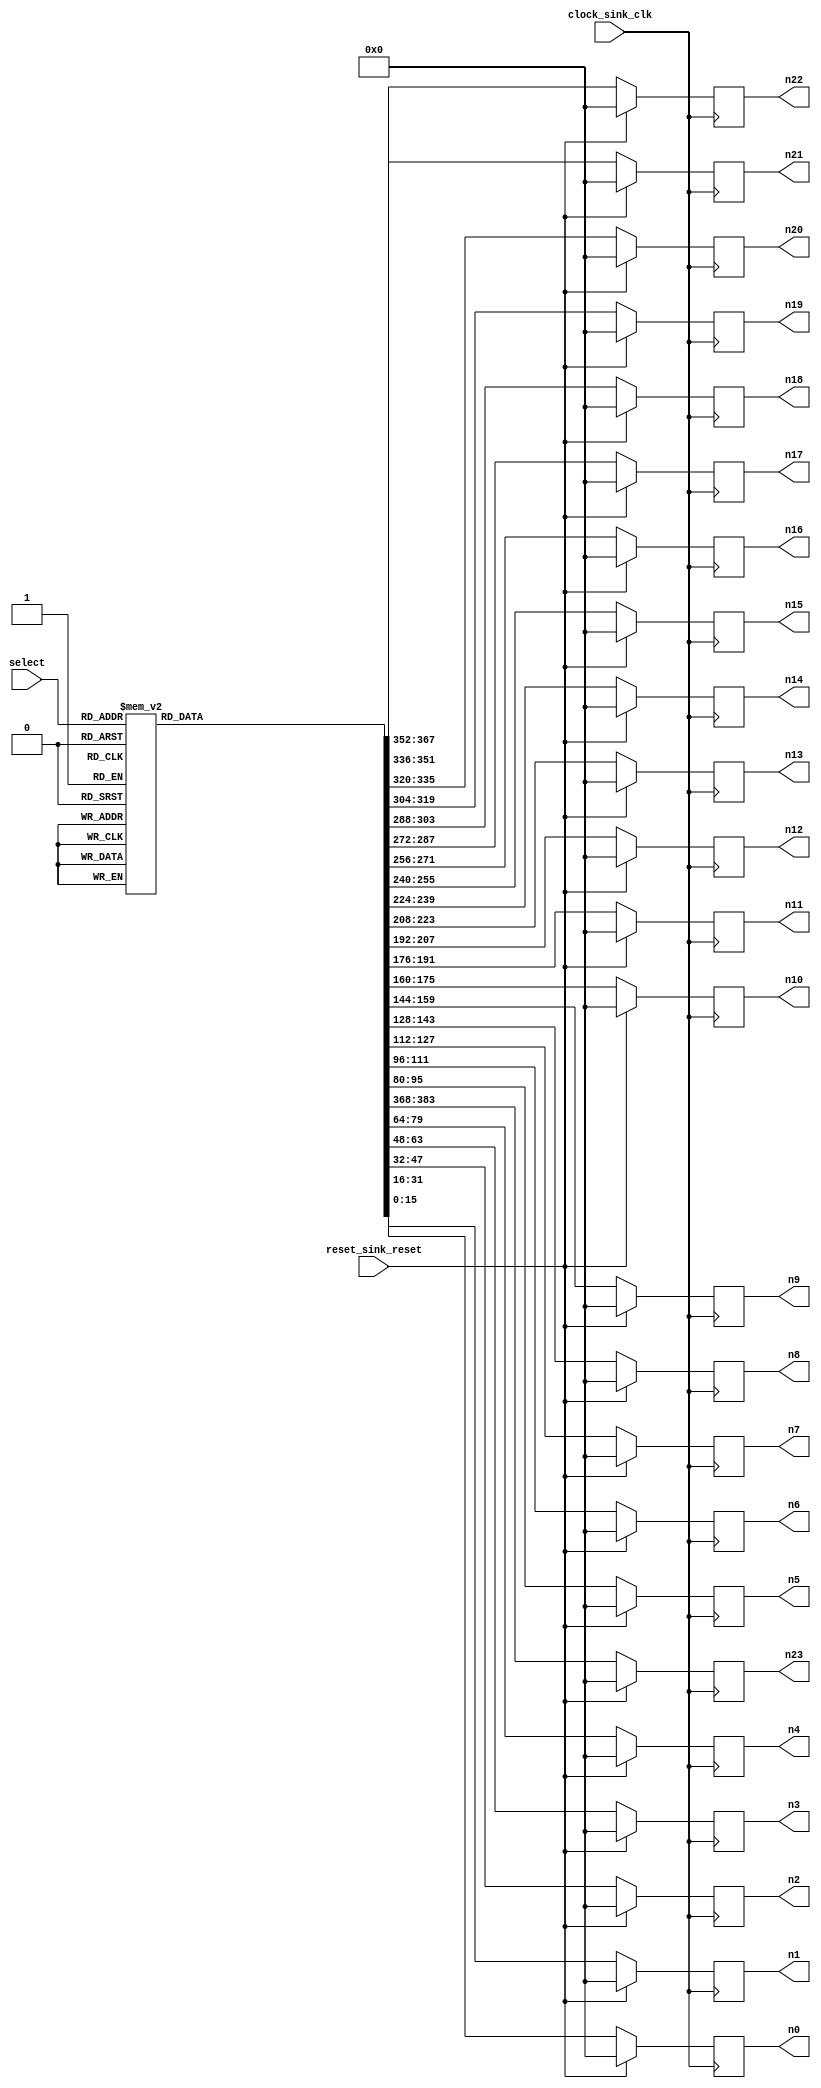
module dumb_cs( //choose single chars or nums or signals
	input             clock_sink_clk,         //    clock_sink.clk
	input             reset_sink_reset,       //    reset_sink.reset
    input  [5:0]      select,
    output [15:0]     n0, n1, n2, n3, n4, n5, n6, n7, n8, n9, n10, n11, n12, n13, n14, n15, n16, n17, n18, n19, n20, n21, n22, n23
);

reg [15:0] num[23:0];
assign n0 = num[0];
assign n1 = num[1];
assign n2 = num[2];
assign n3 = num[3];
assign n4 = num[4];
assign n5 = num[5];
assign n6 = num[6];
assign n7 = num[7];
assign n8 = num[8];
assign n9 = num[9];
assign n10 = num[10];
assign n11 = num[11];
assign n12 = num[12];
assign n13 = num[13];
assign n14 = num[14];
assign n15 = num[15];
assign n16 = num[16];
assign n17 = num[17];
assign n18 = num[18];
assign n19 = num[19];
assign n20 = num[20];
assign n21 = num[21];
assign n22 = num[22];
assign n23 = num[23];

always @(posedge clock_sink_clk)begin
    if(reset_sink_reset)begin
                num[0]<=16'h0000;
                num[1]<=16'h0000;
                num[2]<=16'h0000;
                num[3]<=16'h0000;
                num[4]<=16'h0000;
                num[5]<=16'h0000;
                num[6]<=16'h0000;
                num[7]<=16'h0000;
                num[8]<=16'h0000;
                num[9]<=16'h0000;
                num[10]<=16'h0000;
                num[11]<=16'h0000;
                num[12]<=16'h0000;
                num[13]<=16'h0000;
                num[14]<=16'h0000;
                num[15]<=16'h0000;
                num[16]<=16'h0000;
                num[17]<=16'h0000;
                num[18]<=16'h0000;
                num[19]<=16'h0000;
                num[20]<=16'h0000;
                num[21]<=16'h0000;
                num[22]<=16'h0000;
                num[23]<=16'h0000;
    end else begin
        case (select)
            6'd0: begin
                num[0] <=16'h0000;
                num[1] <=16'h0000;
                num[2] <=16'h0000;
                num[3] <=16'h0000;
                num[4] <=16'h07E0;
                num[5] <=16'h0FF0;
                num[6] <=16'h1C38;
                num[7] <=16'h3C3C;
                num[8] <=16'h781C;
                num[9] <=16'h781E;
                num[10]<=16'h781E;
                num[11]<=16'h781E;
                num[12]<=16'h781E;
                num[13]<=16'h781E;
                num[14]<=16'h781E;
                num[15]<=16'h781E;
                num[16]<=16'h781E;
                num[17]<=16'h383C;
                num[18]<=16'h3C38;
                num[19]<=16'h1E78;
                num[20]<=16'h07E0;
                num[21]<=16'h0000;
                num[22]<=16'h0000;
                num[23]<=16'h0000;
            end
            6'd1: begin
                num[0] <=16'h0000;
                num[1] <=16'h0000;
                num[2] <=16'h0000;
                num[3] <=16'h0000;
                num[4] <=16'h00C0;
                num[5] <=16'h0FC0;
                num[6] <=16'h1FC0;
                num[7] <=16'h03C0;
                num[8] <=16'h03C0;
                num[9] <=16'h03C0;
                num[10]<=16'h03C0;
                num[11]<=16'h03C0;
                num[12]<=16'h03C0;
                num[13]<=16'h03C0;
                num[14]<=16'h03C0;
                num[15]<=16'h03C0;
                num[16]<=16'h03C0;
                num[17]<=16'h03C0;
                num[18]<=16'h03C0;
                num[19]<=16'h03E0;
                num[20]<=16'h1FFC;
                num[21]<=16'h0000;
                num[22]<=16'h0000;
                num[23]<=16'h0000;
            end
            6'd2:begin
                num[0] <=16'h0000;
                num[1] <=16'h0000;
                num[2] <=16'h0000;
                num[3] <=16'h0000;
                num[4] <=16'h07E0;
                num[5] <=16'h1EF8;
                num[6] <=16'h383C;
                num[7] <=16'h781C;
                num[8] <=16'h7C1C;
                num[9] <=16'h381C;
                num[10]<=16'h003C;
                num[11]<=16'h0038;
                num[12]<=16'h0070;
                num[13]<=16'h01E0;
                num[14]<=16'h0380;
                num[15]<=16'h0700;
                num[16]<=16'h0E06;
                num[17]<=16'h1C0E;
                num[18]<=16'h301C;
                num[19]<=16'h7FFC;
                num[20]<=16'h7FFC;
                num[21]<=16'h0000;
                num[22]<=16'h0000;
                num[23]<=16'h0000;
            end 
            6'd3:  begin
                num[0] <=16'h0000;
                num[1] <=16'h0000;
                num[2] <=16'h0000;
                num[3] <=16'h0000;
                num[4] <=16'h07E0;
                num[5] <=16'h1EF0;
                num[6] <=16'h3838;
                num[7] <=16'h383C;
                num[8] <=16'h383C;
                num[9] <=16'h003C;
                num[10]<=16'h0078;
                num[11]<=16'h03F0;
                num[12]<=16'h03F0;
                num[13]<=16'h0038;
                num[14]<=16'h001C;
                num[15]<=16'h001E;
                num[16]<=16'h381E;
                num[17]<=16'h781E;
                num[18]<=16'h783C;
                num[19]<=16'h3C78;
                num[20]<=16'h0FE0;
                num[21]<=16'h0000;
                num[22]<=16'h0000;
                num[23]<=16'h0000;
            end
            6'd4: begin
                num[0] <=16'h0000;
                num[1] <=16'h0000;
                num[2] <=16'h0000;
                num[3] <=16'h0000;
                num[4] <=16'h0070;
                num[5] <=16'h0070;
                num[6] <=16'h00F0;
                num[7] <=16'h01F0;
                num[8] <=16'h03F0;
                num[9] <=16'h0770;
                num[10]<=16'h0E70;
                num[11]<=16'h0C70;
                num[12]<=16'h1870;
                num[13]<=16'h3070;
                num[14]<=16'h7070;
                num[15]<=16'hFFFF;
                num[16]<=16'h0070;
                num[17]<=16'h0070;
                num[18]<=16'h0070;
                num[19]<=16'h00F8;
                num[20]<=16'h07FE;
                num[21]<=16'h0000;
                num[22]<=16'h0000;
                num[23]<=16'h0000;
            end
            6'd5: begin
                num[0] <=16'h0000;
                num[1] <=16'h0000;
                num[2] <=16'h0000;
                num[3] <=16'h0000;
                num[4] <=16'h1FFC;
                num[5] <=16'h1FFC;
                num[6] <=16'h3800;
                num[7] <=16'h3800;
                num[8] <=16'h3800;
                num[9] <=16'h3800;
                num[10]<=16'h3FF0;
                num[11]<=16'h3FF8;
                num[12]<=16'h383C;
                num[13]<=16'h101C;
                num[14]<=16'h001E;
                num[15]<=16'h001E;
                num[16]<=16'h381E;
                num[17]<=16'h781C;
                num[18]<=16'h783C;
                num[19]<=16'h3C78;
                num[20]<=16'h0FF0;
                num[21]<=16'h0000;
                num[22]<=16'h0000;
                num[23]<=16'h0000;
            end
            6'd6:begin
                num[0] <=16'h0000;
                num[1] <=16'h0000;
                num[2] <=16'h0000;
                num[3] <=16'h0000;
                num[4] <=16'h03F0;
                num[5] <=16'h0F38;
                num[6] <=16'h1C3C;
                num[7] <=16'h383C;
                num[8] <=16'h3800;
                num[9] <=16'h7800;
                num[10]<=16'h7BF0;
                num[11]<=16'h7FF8;
                num[12]<=16'h7C3C;
                num[13]<=16'h781E;
                num[14]<=16'h781E;
                num[15]<=16'h781E;
                num[16]<=16'h781E;
                num[17]<=16'h381E;
                num[18]<=16'h3C1C;
                num[19]<=16'h1E38;
                num[20]<=16'h07F0;
                num[21]<=16'h0000;
                num[22]<=16'h0000;
                num[23]<=16'h0000;
            end
            6'd7: begin
                num[0] <=16'h0000;
                num[1] <=16'h0000;
                num[2] <=16'h0000;
                num[3] <=16'h0000;
                num[4] <=16'h3FFE;
                num[5] <=16'h3FFE;
                num[6] <=16'h381C;
                num[7] <=16'h7018;
                num[8] <=16'h7030;
                num[9] <=16'h0070;
                num[10]<=16'h00E0;
                num[11]<=16'h00E0;
                num[12]<=16'h01C0;
                num[13]<=16'h01C0;
                num[14]<=16'h0380;
                num[15]<=16'h0380;
                num[16]<=16'h0780;
                num[17]<=16'h0780;
                num[18]<=16'h0780;
                num[19]<=16'h0780;
                num[20]<=16'h0780;
                num[21]<=16'h0000;
                num[22]<=16'h0000;
                num[23]<=16'h0000;
            end
            6'd8: begin
                num[0] <=16'h0000;
                num[1] <=16'h0000;
                num[2] <=16'h0000;
                num[3] <=16'h0000;
                num[4] <=16'h07E0;
                num[5] <=16'h1E78;
                num[6] <=16'h381C;
                num[7] <=16'h701E;
                num[8] <=16'h701E;
                num[9] <=16'h781C;
                num[10]<=16'h3E3C;
                num[11]<=16'h1FF0;
                num[12]<=16'h1FF0;
                num[13]<=16'h3CF8;
                num[14]<=16'h783C;
                num[15]<=16'h701E;
                num[16]<=16'h701E;
                num[17]<=16'h701E;
                num[18]<=16'h701C;
                num[19]<=16'h3C38;
                num[20]<=16'h0FF0;
                num[21]<=16'h0000;
                num[22]<=16'h0000;
                num[23]<=16'h0000;
            end
            6'd9: begin
                num[0] <=16'h0000;
                num[1] <=16'h0000;
                num[2] <=16'h0000;
                num[3] <=16'h0000;
                num[4] <=16'h0FE0;
                num[5] <=16'h1EF8;
                num[6] <=16'h3838;
                num[7] <=16'h781C;
                num[8] <=16'h701E;
                num[9] <=16'h701E;
                num[10]<=16'h701E;
                num[11]<=16'h781E;
                num[12]<=16'h783E;
                num[13]<=16'h3FFE;
                num[14]<=16'h0FDE;
                num[15]<=16'h001C;
                num[16]<=16'h003C;
                num[17]<=16'h1838;
                num[18]<=16'h3C78;
                num[19]<=16'h3CF0;
                num[20]<=16'h1FC0;
                num[21]<=16'h0000;
                num[22]<=16'h0000;
                num[23]<=16'h0000;
            end                     //numbers end
            6'd10: begin            //A
                num[0] <=16'h0000;
                num[1] <=16'h0000;
                num[2] <=16'h0000;
                num[3] <=16'h0000;
                num[4] <=16'h03C0;
                num[5] <=16'h03C0;
                num[6] <=16'h03C0;
                num[7] <=16'h07E0;
                num[8] <=16'h07E0;
                num[9] <=16'h0EE0;
                num[10]<=16'h0EF0;
                num[11]<=16'h0CF0;
                num[12]<=16'h1C70;
                num[13]<=16'h1C70;
                num[14]<=16'h1FF8;
                num[15]<=16'h3838;
                num[16]<=16'h3838;
                num[17]<=16'h303C;
                num[18]<=16'h701C;
                num[19]<=16'h701E;
                num[20]<=16'hFC7F;
                num[21]<=16'h0000;
                num[22]<=16'h0000;
                num[23]<=16'h0000;
            end
            6'd11: begin            //B
                num[0] <=16'h0000;
                num[1] <=16'h0000;
                num[2] <=16'h0000;
                num[3] <=16'h0000;
                num[4] <=16'hFFE0;
                num[5] <=16'h7FF8;
                num[6] <=16'h383C;
                num[7] <=16'h381E;
                num[8] <=16'h381E;
                num[9] <=16'h381C;
                num[10]<=16'h383C;
                num[11]<=16'h3FF8;
                num[12]<=16'h3FF8;
                num[13]<=16'h381C;
                num[14]<=16'h381E;
                num[15]<=16'h380F;
                num[16]<=16'h380F;
                num[17]<=16'h380E;
                num[18]<=16'h381E;
                num[19]<=16'h387C;
                num[20]<=16'hFFF0;
                num[21]<=16'h0000;
                num[22]<=16'h0000;
                num[23]<=16'h0000;
            end
            6'd12: begin            //C
                num[0] <=16'h0000;
                num[1] <=16'h0000;
                num[2] <=16'h0000;
                num[3] <=16'h0000;
                num[4] <=16'h03FE;
                num[5] <=16'h0F3E;
                num[6] <=16'h1C0E;
                num[7] <=16'h3806;
                num[8] <=16'h7807;
                num[9] <=16'h7800;
                num[10]<=16'hF000;
                num[11]<=16'hF000;
                num[12]<=16'hF000;
                num[13]<=16'hF000;
                num[14]<=16'hF000;
                num[15]<=16'h7000;
                num[16]<=16'h7807;
                num[17]<=16'h7806;
                num[18]<=16'h3C0C;
                num[19]<=16'h1F3C;
                num[20]<=16'h07F0;
                num[21]<=16'h0000;
                num[22]<=16'h0000;
                num[23]<=16'h0000;
            end
            6'd13: begin            //D
                num[0] <=16'h0000;
                num[1] <=16'h0000;
                num[2] <=16'h0000;
                num[3] <=16'h0000;
                num[4] <=16'hFF80;
                num[5] <=16'h7FF0;
                num[6] <=16'h3838;
                num[7] <=16'h381C;
                num[8] <=16'h381E;
                num[9] <=16'h381E;
                num[10]<=16'h380E;
                num[11]<=16'h380F;
                num[12]<=16'h380F;
                num[13]<=16'h380F;
                num[14]<=16'h380E;
                num[15]<=16'h381E;
                num[16]<=16'h381E;
                num[17]<=16'h381C;
                num[18]<=16'h383C;
                num[19]<=16'h38F0;
                num[20]<=16'hFFC0;
                num[21]<=16'h0000;
                num[22]<=16'h0000;
                num[23]<=16'h0000;
            end
            6'd14: begin            //E
                num[0] <=16'h0000;
                num[1] <=16'h0000;
                num[2] <=16'h0000;
                num[3] <=16'h0000;
                num[4] <=16'hFFFC;
                num[5] <=16'h7FFC;
                num[6] <=16'h3C0E;
                num[7] <=16'h3C06;
                num[8] <=16'h3C00;
                num[9] <=16'h3C30;
                num[10]<=16'h3C30;
                num[11]<=16'h3FF0;
                num[12]<=16'h3FF0;
                num[13]<=16'h3C30;
                num[14]<=16'h3C30;
                num[15]<=16'h3C00;
                num[16]<=16'h3C00;
                num[17]<=16'h3C07;
                num[18]<=16'h3C0E;
                num[19]<=16'h3C1E;
                num[20]<=16'hFFFC;
                num[21]<=16'h0000;
                num[22]<=16'h0000;
                num[23]<=16'h0000;
            end
            6'd15: begin            //F
                num[0] <=16'h0000;
                num[1] <=16'h0000;
                num[2] <=16'h0000;
                num[3] <=16'h0000;
                num[4] <=16'hFFFE;
                num[5] <=16'h7FFE;
                num[6] <=16'h3C0E;
                num[7] <=16'h3C07;
                num[8] <=16'h3C00;
                num[9] <=16'h3C18;
                num[10]<=16'h3C38;
                num[11]<=16'h3C78;
                num[12]<=16'h3FF8;
                num[13]<=16'h3C38;
                num[14]<=16'h3C38;
                num[15]<=16'h3C00;
                num[16]<=16'h3C00;
                num[17]<=16'h3C00;
                num[18]<=16'h3C00;
                num[19]<=16'h3C00;
                num[20]<=16'hFF00;
                num[21]<=16'h0000;
                num[22]<=16'h0000;
                num[23]<=16'h0000;
            end
            6'd16: begin            //G
                num[0] <=16'h0000;
                num[1] <=16'h0000;
                num[2] <=16'h0000;
                num[3] <=16'h0000;
                num[4] <=16'h07F8;
                num[5] <=16'h0F7C;
                num[6] <=16'h1C1C;
                num[7] <=16'h381C;
                num[8] <=16'h780C;
                num[9] <=16'h7000;
                num[10]<=16'hF000;
                num[11]<=16'hF000;
                num[12]<=16'hF000;
                num[13]<=16'hF07F;
                num[14]<=16'hF07E;
                num[15]<=16'hF01C;
                num[16]<=16'h701C;
                num[17]<=16'h781C;
                num[18]<=16'h381C;
                num[19]<=16'h1E3C;
                num[20]<=16'h0FF0;
                num[21]<=16'h0000;
                num[22]<=16'h0000;
                num[23]<=16'h0000;
            end
            6'd17: begin            //H
                num[0] <=16'h0000;
                num[1] <=16'h0000;
                num[2] <=16'h0000;
                num[3] <=16'h0000;
                num[4] <=16'hFC7F;
                num[5] <=16'h7C3E;
                num[6] <=16'h781C;
                num[7] <=16'h781C;
                num[8] <=16'h781C;
                num[9] <=16'h781C;
                num[10]<=16'h781C;
                num[11]<=16'h781C;
                num[12]<=16'h7FFC;
                num[13]<=16'h781C;
                num[14]<=16'h781C;
                num[15]<=16'h781C;
                num[16]<=16'h781C;
                num[17]<=16'h781C;
                num[18]<=16'h781C;
                num[19]<=16'h781C;
                num[20]<=16'hFE7F;
                num[21]<=16'h0000;
                num[22]<=16'h0000;
                num[23]<=16'h0000;
            end
            6'd18: begin            //I
                num[0] <=16'h0000;
                num[1] <=16'h0000;
                num[2] <=16'h0000;
                num[3] <=16'h0000;
                num[4] <=16'h3FFC;
                num[5] <=16'h1FF8;
                num[6] <=16'h03C0;
                num[7] <=16'h03C0;
                num[8] <=16'h03C0;
                num[9] <=16'h03C0;
                num[10]<=16'h03C0;
                num[11]<=16'h03C0;
                num[12]<=16'h03C0;
                num[13]<=16'h03C0;
                num[14]<=16'h03C0;
                num[15]<=16'h03C0;
                num[16]<=16'h03C0;
                num[17]<=16'h03C0;
                num[18]<=16'h03C0;
                num[19]<=16'h03C0;
                num[20]<=16'h3FFC;
                num[21]<=16'h0000;
                num[22]<=16'h0000;
                num[23]<=16'h0000;
            end
            6'd19: begin            //J
                num[0] <=16'h0000;
                num[1] <=16'h0000;
                num[2] <=16'h0000;
                num[3] <=16'h0000;
                num[4] <=16'h0FFF;
                num[5] <=16'h07FE;
                num[6] <=16'h00F0;
                num[7] <=16'h00F0;
                num[8] <=16'h00F0;
                num[9] <=16'h00F0;
                num[10]<=16'h00F0;
                num[11]<=16'h00F0;
                num[12]<=16'h00F0;
                num[13]<=16'h00F0;
                num[14]<=16'h00F0;
                num[15]<=16'h00F0;
                num[16]<=16'h00F0;
                num[17]<=16'h00F0;
                num[18]<=16'h00F0;
                num[19]<=16'h00F0;
                num[20]<=16'h70F0;
                num[21]<=16'hF8E0;
                num[22]<=16'h7BC0;
                num[23]<=16'h3F00;
            end
            6'd20: begin            //K
                num[0] <=16'h0000;
                num[1] <=16'h0000;
                num[2] <=16'h0000;
                num[3] <=16'h0000;
                num[4] <=16'hFE7E;
                num[5] <=16'h7E7E;
                num[6] <=16'h3838;
                num[7] <=16'h3860;
                num[8] <=16'h38E0;
                num[9] <=16'h39C0;
                num[10]<=16'h3B80;
                num[11]<=16'h3F80;
                num[12]<=16'h3FC0;
                num[13]<=16'h3DE0;
                num[14]<=16'h38E0;
                num[15]<=16'h38F0;
                num[16]<=16'h3870;
                num[17]<=16'h3878;
                num[18]<=16'h383C;
                num[19]<=16'h383E;
                num[20]<=16'hFE7F;
                num[21]<=16'h0000;
                num[22]<=16'h0000;
                num[23]<=16'h0000;
            end
            6'd21: begin            //L
                num[0] <=16'h0000;
                num[1] <=16'h0000;
                num[2] <=16'h0000;
                num[3] <=16'h0000;
                num[4] <=16'h7F00;
                num[5] <=16'h7E00;
                num[6] <=16'h3C00;
                num[7] <=16'h3C00;
                num[8] <=16'h3C00;
                num[9] <=16'h3C00;
                num[10]<=16'h3C00;
                num[11]<=16'h3C00;
                num[12]<=16'h3C00;
                num[13]<=16'h3C00;
                num[14]<=16'h3C00;
                num[15]<=16'h3C00;
                num[16]<=16'h3C00;
                num[17]<=16'h3C07;
                num[18]<=16'h3C06;
                num[19]<=16'h3C1E;
                num[20]<=16'hFFFE;
                num[21]<=16'h0000;
                num[22]<=16'h0000;
                num[23]<=16'h0000;
            end
            6'd22: begin            //M
                num[0] <=16'h0000;
                num[1] <=16'h0000;
                num[2] <=16'h0000;
                num[3] <=16'h0000;
                num[4] <=16'hF01F;
                num[5] <=16'hF81F;
                num[6] <=16'h783E;
                num[7] <=16'h783E;
                num[8] <=16'h7C3E;
                num[9] <=16'h7C7E;
                num[10]<=16'h7C7E;
                num[11]<=16'h7E7E;
                num[12]<=16'h6EFE;
                num[13]<=16'h6EDE;
                num[14]<=16'h6EDE;
                num[15]<=16'h67DE;
                num[16]<=16'h67DE;
                num[17]<=16'h679E;
                num[18]<=16'h679E;
                num[19]<=16'h639E;
                num[20]<=16'hFB7F;
                num[21]<=16'h0000;
                num[22]<=16'h0000;
                num[23]<=16'h0000;
            end
            6'd23: begin            //N
                num[0] <=16'h0000;
                num[1] <=16'h0000;
                num[2] <=16'h0000;
                num[3] <=16'h0000;
                num[4] <=16'hF83F;
                num[5] <=16'hFC1F;
                num[6] <=16'h3C0C;
                num[7] <=16'h3E0C;
                num[8] <=16'h3F0C;
                num[9] <=16'h370C;
                num[10]<=16'h378C;
                num[11]<=16'h33CC;
                num[12]<=16'h31CC;
                num[13]<=16'h31EC;
                num[14]<=16'h30FC;
                num[15]<=16'h307C;
                num[16]<=16'h307C;
                num[17]<=16'h303C;
                num[18]<=16'h301C;
                num[19]<=16'h301C;
                num[20]<=16'hFC0C;
                num[21]<=16'h0000;
                num[22]<=16'h0000;
                num[23]<=16'h0000;
            end
            6'd24: begin            //O
                num[0] <=16'h0000;
                num[1] <=16'h0000;
                num[2] <=16'h0000;
                num[3] <=16'h0000;
                num[4] <=16'h07E0;
                num[5] <=16'h1F78;
                num[6] <=16'h3C1C;
                num[7] <=16'h381C;
                num[8] <=16'h781E;
                num[9] <=16'h780E;
                num[10]<=16'h700F;
                num[11]<=16'hF00F;
                num[12]<=16'hF00F;
                num[13]<=16'hF00F;
                num[14]<=16'h700F;
                num[15]<=16'h700F;
                num[16]<=16'h780E;
                num[17]<=16'h381E;
                num[18]<=16'h3C1C;
                num[19]<=16'h1E78;
                num[20]<=16'h07F0;
                num[21]<=16'h0000;
                num[22]<=16'h0000;
                num[23]<=16'h0000;
            end
            6'd25: begin            //P
                num[0] <=16'h0000;
                num[1] <=16'h0000;
                num[2] <=16'h0000;
                num[3] <=16'h0000;
                num[4] <=16'hFFE0;
                num[5] <=16'h7FFC;
                num[6] <=16'h3C1E;
                num[7] <=16'h3C0E;
                num[8] <=16'h3C0E;
                num[9] <=16'h3C0E;
                num[10]<=16'h3C0E;
                num[11]<=16'h3C3C;
                num[12]<=16'h3FF8;
                num[13]<=16'h3F80;
                num[14]<=16'h3C00;
                num[15]<=16'h3C00;
                num[16]<=16'h3C00;
                num[17]<=16'h3C00;
                num[18]<=16'h3C00;
                num[19]<=16'h3C00;
                num[20]<=16'hFF00;
                num[21]<=16'h0000;
                num[22]<=16'h0000;
                num[23]<=16'h0000;
            end
            6'd26: begin            //Q
                num[0] <=16'h0000;
                num[1] <=16'h0000;
                num[2] <=16'h0000;
                num[3] <=16'h0000;
                num[4] <=16'h07E0;
                num[5] <=16'h1E78;
                num[6] <=16'h3C3C;
                num[7] <=16'h781E;
                num[8] <=16'h781E;
                num[9] <=16'h700E;
                num[10]<=16'hF00F;
                num[11]<=16'hF00F;
                num[12]<=16'hF00F;
                num[13]<=16'hF00F;
                num[14]<=16'hF00F;
                num[15]<=16'h730E;
                num[16]<=16'h7FCE;
                num[17]<=16'h7DFE;
                num[18]<=16'h3CFC;
                num[19]<=16'h1EF8;
                num[20]<=16'h07F6;
                num[21]<=16'h007E;
                num[22]<=16'h003C;
                num[23]<=16'h0000;
            end
            6'd27: begin            //R
                num[0] <=16'h0000;
                num[1] <=16'h0000;
                num[2] <=16'h0000;
                num[3] <=16'h0000;
                num[4] <=16'hFFE0;
                num[5] <=16'h7FF8;
                num[6] <=16'h3C1C;
                num[7] <=16'h3C1E;
                num[8] <=16'h3C1E;
                num[9] <=16'h3C1E;
                num[10]<=16'h3C1C;
                num[11]<=16'h3C78;
                num[12]<=16'h3FE0;
                num[13]<=16'h3DE0;
                num[14]<=16'h3CE0;
                num[15]<=16'h3C70;
                num[16]<=16'h3C78;
                num[17]<=16'h3C38;
                num[18]<=16'h3C3C;
                num[19]<=16'h3C1C;
                num[20]<=16'hFF1F;
                num[21]<=16'h0000;
                num[22]<=16'h0000;
                num[23]<=16'h0000;
            end
            6'd28: begin            //S
                num[0] <=16'h0000;
                num[1] <=16'h0000;
                num[2] <=16'h0000;
                num[3] <=16'h0000;
                num[4] <=16'h0FE8;
                num[5] <=16'h1EFC;
                num[6] <=16'h383C;
                num[7] <=16'h701C;
                num[8] <=16'h700C;
                num[9] <=16'h7800;
                num[10]<=16'h3E00;
                num[11]<=16'h1F80;
                num[12]<=16'h07F0;
                num[13]<=16'h00F8;
                num[14]<=16'h003C;
                num[15]<=16'h001E;
                num[16]<=16'h600E;
                num[17]<=16'h700E;
                num[18]<=16'h701C;
                num[19]<=16'h7C38;
                num[20]<=16'h3FF0;
                num[21]<=16'h0000;
                num[22]<=16'h0000;
                num[23]<=16'h0000; 
            end
            6'd29: begin            //T
                num[0] <=16'h0000;
                num[1] <=16'h0000;
                num[2] <=16'h0000;
                num[3] <=16'h0000;
                num[4] <=16'h7FFC;
                num[5] <=16'h7FFE;
                num[6] <=16'h63C6;
                num[7] <=16'hE3C6;
                num[8] <=16'h43C0;
                num[9] <=16'h03C0;
                num[10]<=16'h03C0;
                num[11]<=16'h03C0;
                num[12]<=16'h03C0;
                num[13]<=16'h03C0;
                num[14]<=16'h03C0;
                num[15]<=16'h03C0;
                num[16]<=16'h03C0;
                num[17]<=16'h03C0;
                num[18]<=16'h03C0;
                num[19]<=16'h03C0;
                num[20]<=16'h0FF0;
                num[21]<=16'h0000;
                num[22]<=16'h0000;
                num[23]<=16'h0000;
            end
            6'd30: begin            //U
                num[0] <=16'h0000;
                num[1] <=16'h0000;
                num[2] <=16'h0000;
                num[3] <=16'h0000;
                num[4] <=16'hFE3F;
                num[5] <=16'hFC1E;
                num[6] <=16'h780C;
                num[7] <=16'h780C;
                num[8] <=16'h780C;
                num[9] <=16'h780C;
                num[10]<=16'h780C;
                num[11]<=16'h780C;
                num[12]<=16'h780C;
                num[13]<=16'h780C;
                num[14]<=16'h780C;
                num[15]<=16'h780C;
                num[16]<=16'h780C;
                num[17]<=16'h380C;
                num[18]<=16'h381C;
                num[19]<=16'h1E78;
                num[20]<=16'h0FE0;
                num[21]<=16'h0000;
                num[22]<=16'h0000;
                num[23]<=16'h0000;
            end
            6'd31: begin            //V
                num[0] <=16'h0000;
                num[1] <=16'h0000;
                num[2] <=16'h0000;
                num[3] <=16'h0000;
                num[4] <=16'hFC3F;
                num[5] <=16'hFC1E;
                num[6] <=16'h381C;
                num[7] <=16'h3C18;
                num[8] <=16'h3C18;
                num[9] <=16'h1C38;
                num[10]<=16'h1E30;
                num[11]<=16'h1E70;
                num[12]<=16'h0E70;
                num[13]<=16'h0F60;
                num[14]<=16'h0FE0;
                num[15]<=16'h07C0;
                num[16]<=16'h07C0;
                num[17]<=16'h07C0;
                num[18]<=16'h0380;
                num[19]<=16'h0380;
                num[20]<=16'h0380;
                num[21]<=16'h0000;
                num[22]<=16'h0000;
                num[23]<=16'h0000;
            end
            6'd32: begin            //W
                num[0] <=16'h0000;
                num[1] <=16'h0000;
                num[2] <=16'h0000;
                num[3] <=16'h0000;
                num[4] <=16'hFFFF;
                num[5] <=16'hFBCF;
                num[6] <=16'h71C6;
                num[7] <=16'h71CE;
                num[8] <=16'h79CC;
                num[9] <=16'h79CC;
                num[10]<=16'h3BEC;
                num[11]<=16'h3BFC;
                num[12]<=16'h3BFC;
                num[13]<=16'h3FF8;
                num[14]<=16'h1FF8;
                num[15]<=16'h1EF8;
                num[16]<=16'h1E78;
                num[17]<=16'h1E70;
                num[18]<=16'h1E70;
                num[19]<=16'h0C70;
                num[20]<=16'h0C70;
                num[21]<=16'h0000;
                num[22]<=16'h0000;
                num[23]<=16'h0000;   
            end
            6'd33: begin            //X
                num[0] <=16'h0000;
                num[1] <=16'h0000;
                num[2] <=16'h0000;
                num[3] <=16'h0000;
                num[4] <=16'h7E7E;
                num[5] <=16'h7C3E;
                num[6] <=16'h1C38;
                num[7] <=16'h1E30;
                num[8] <=16'h0E70;
                num[9] <=16'h0760;
                num[10]<=16'h07C0;
                num[11]<=16'h03C0;
                num[12]<=16'h03C0;
                num[13]<=16'h03C0;
                num[14]<=16'h07E0;
                num[15]<=16'h06F0;
                num[16]<=16'h0E70;
                num[17]<=16'h0C78;
                num[18]<=16'h183C;
                num[19]<=16'h383C;
                num[20]<=16'hFC7F;
                num[21]<=16'h0000;
                num[22]<=16'h0000;
                num[23]<=16'h0000;
            end
            6'd34: begin            //Y
                num[0] <=16'h0000;
                num[1] <=16'h0000;
                num[2] <=16'h0000;
                num[3] <=16'h0000;
                num[4] <=16'hFE3F;
                num[5] <=16'h7C3E;
                num[6] <=16'h3C18;
                num[7] <=16'h1C18;
                num[8] <=16'h1E30;
                num[9] <=16'h0E30;
                num[10]<=16'h0F60;
                num[11]<=16'h07E0;
                num[12]<=16'h07C0;
                num[13]<=16'h03C0;
                num[14]<=16'h03C0;
                num[15]<=16'h03C0;
                num[16]<=16'h03C0;
                num[17]<=16'h03C0;
                num[18]<=16'h03C0;
                num[19]<=16'h03C0;
                num[20]<=16'h0FF0;
                num[21]<=16'h0000;
                num[22]<=16'h0000;
                num[23]<=16'h0000;
            end
            6'd35: begin            //Z
                num[0] <=16'h0000;
                num[1] <=16'h0000;
                num[2] <=16'h0000;
                num[3] <=16'h0000;
                num[4] <=16'h1FFE;
                num[5] <=16'h3FFE;
                num[6] <=16'h383C;
                num[7] <=16'h7038;
                num[8] <=16'h0078;
                num[9] <=16'h00F0;
                num[10]<=16'h00E0;
                num[11]<=16'h01C0;
                num[12]<=16'h03C0;
                num[13]<=16'h0780;
                num[14]<=16'h0700;
                num[15]<=16'h0F00;
                num[16]<=16'h1E00;
                num[17]<=16'h1C06;
                num[18]<=16'h380E;
                num[19]<=16'h783C;
                num[20]<=16'h7FFC;
                num[21]<=16'h0000;
                num[22]<=16'h0000;
                num[23]<=16'h0000;
            end
            6'd36: begin            //.
                num[0] <=16'h0000;
                num[1] <=16'h0000;
                num[2] <=16'h0000;
                num[3] <=16'h0000;
                num[4] <=16'h0000;
                num[5] <=16'h0000;
                num[6] <=16'h0000;
                num[7] <=16'h0000;
                num[8] <=16'h0000;
                num[9] <=16'h0000;
                num[10]<=16'h0000;
                num[11]<=16'h0000;
                num[12]<=16'h0000;
                num[13]<=16'h0000;
                num[14]<=16'h0000;
                num[15]<=16'h0000;
                num[16]<=16'h0000;
                num[17]<=16'h0000;
                num[18]<=16'h3C00;
                num[19]<=16'h7E00;
                num[20]<=16'h3C00;
                num[21]<=16'h0000;
                num[22]<=16'h0000;
                num[23]<=16'h0000;
            end
            6'd37: begin            //:
                num[0] <=16'h0000;
                num[1] <=16'h0000;
                num[2] <=16'h0000;
                num[3] <=16'h0000;
                num[4] <=16'h0000;
                num[5] <=16'h0000;
                num[6] <=16'h0000;
                num[7] <=16'h0000;
                num[8] <=16'h0000;
                num[9] <=16'h0380;
                num[10]<=16'h07C0;
                num[11]<=16'h03C0;
                num[12]<=16'h0000;
                num[13]<=16'h0000;
                num[14]<=16'h0000;
                num[15]<=16'h0000;
                num[16]<=16'h0000;
                num[17]<=16'h0000;
                num[18]<=16'h03C0;
                num[19]<=16'h07C0;
                num[20]<=16'h03C0;
                num[21]<=16'h0000;
                num[22]<=16'h0000;
                num[23]<=16'h0000;
            end
            6'd38: begin            //!
                num[0] <=16'h0000;
                num[1] <=16'h0000;
                num[2] <=16'h0000;
                num[3] <=16'h0000;
                num[4] <=16'h03C0;
                num[5] <=16'h03C0;
                num[6] <=16'h03C0;
                num[7] <=16'h03C0;
                num[8] <=16'h03C0;
                num[9] <=16'h03C0;
                num[10]<=16'h0380;
                num[11]<=16'h0380;
                num[12]<=16'h0180;
                num[13]<=16'h0180;
                num[14]<=16'h0180;
                num[15]<=16'h0180;
                num[16]<=16'h0000;
                num[17]<=16'h0000;
                num[18]<=16'h03C0;
                num[19]<=16'h07C0;
                num[20]<=16'h03C0;
                num[21]<=16'h0000;
                num[22]<=16'h0000;
                num[23]<=16'h0000;
            end
            default: begin
                num[0] <=16'h0000;
                num[1] <=16'h0000;
                num[2] <=16'h0000;
                num[3] <=16'h0000;
                num[4] <=16'h0000;
                num[5] <=16'h0000;
                num[6] <=16'h0000;
                num[7] <=16'h0000;
                num[8] <=16'h0000;
                num[9] <=16'h0000;
                num[10]<=16'h0000;
                num[11]<=16'h0000;
                num[12]<=16'h0000;
                num[13]<=16'h0000;
                num[14]<=16'h0000;
                num[15]<=16'h0000;
                num[16]<=16'h0000;
                num[17]<=16'h0000;
                num[18]<=16'h0000;
                num[19]<=16'h0000;
                num[20]<=16'h0000;
                num[21]<=16'h0000;
                num[22]<=16'h0000;
                num[23]<=16'h0000;
            end
        endcase
    end
end


endmodule